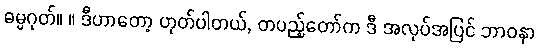
ဓမ္မဂုတ်။ ။ ဒီဟာတော့ ဟုတ်ပါတယ်, တပည့်တော်က ဒီ အလုပ်အပြင် ဘာဝနာ